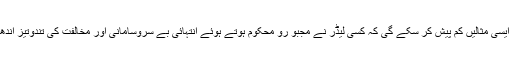
مولاناظفر علی خان نے قائد کو یوں خراجِ عقیدت پیش کیا،’’ تاریخ ایسی مثالیں کم پیش کر سکے گی کہ کسی لیڈر نے مجبو رو محکوم ہوتے ہوئے انتہائی بے سروسامانی اور مخالفت کی تُندوتیز آندھیوں کے دوران دس برس کی قلیل مدت میں ایک مملکت بنا دی ہو۔